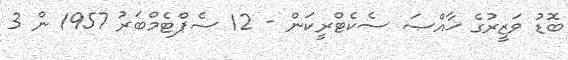
ބޮޑު ވަޒީރުގެ ޚާއްޞަ ސެކެޓްރީކަން - 12 ސެޕްޓެމްބަރު 1957 ން 3